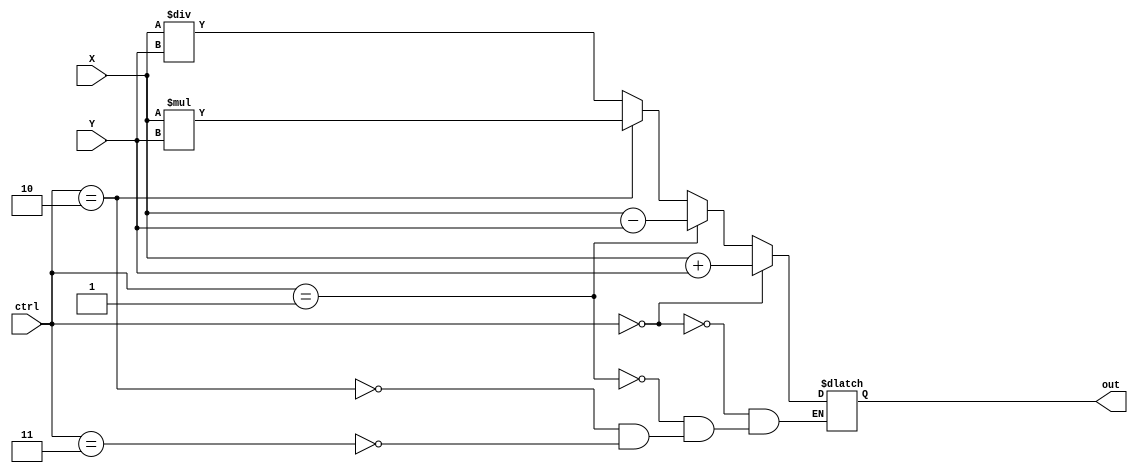
//Blake 11/28/12 Add, Subtract, Multiply, Devide (ALU)

module ALU (ctrl, Y, X, out);
	parameter n=4;
	input wire [n-1:0] X, Y;
	input wire [1:0] ctrl;
	output reg [n:0] out;
	
	always @*//(X, Y, ctrl)
	begin
		if(ctrl == 2'b00)		 //Add
			out <= X + Y;
		else if(ctrl == 2'b01)//Subtract
			out <= X - Y;
		else if(ctrl == 2'b10)//Multiply
			out <= X * Y;
		else if(ctrl == 2'b11)//Divide
			out <= X / Y;
	end

endmodule